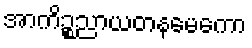
အာကိဉ္စညာယတနမေကော